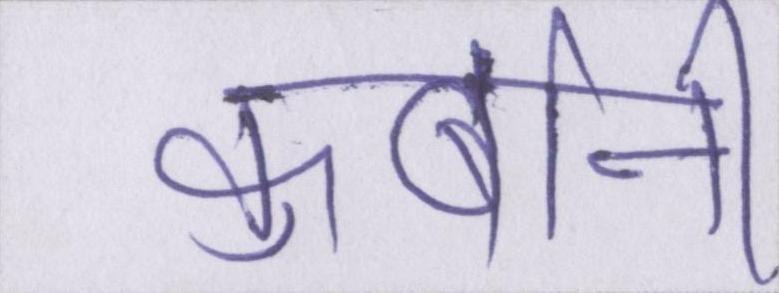
कुर्बानी